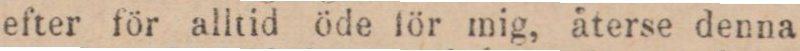
efter för alltid öde för mig, återse denna